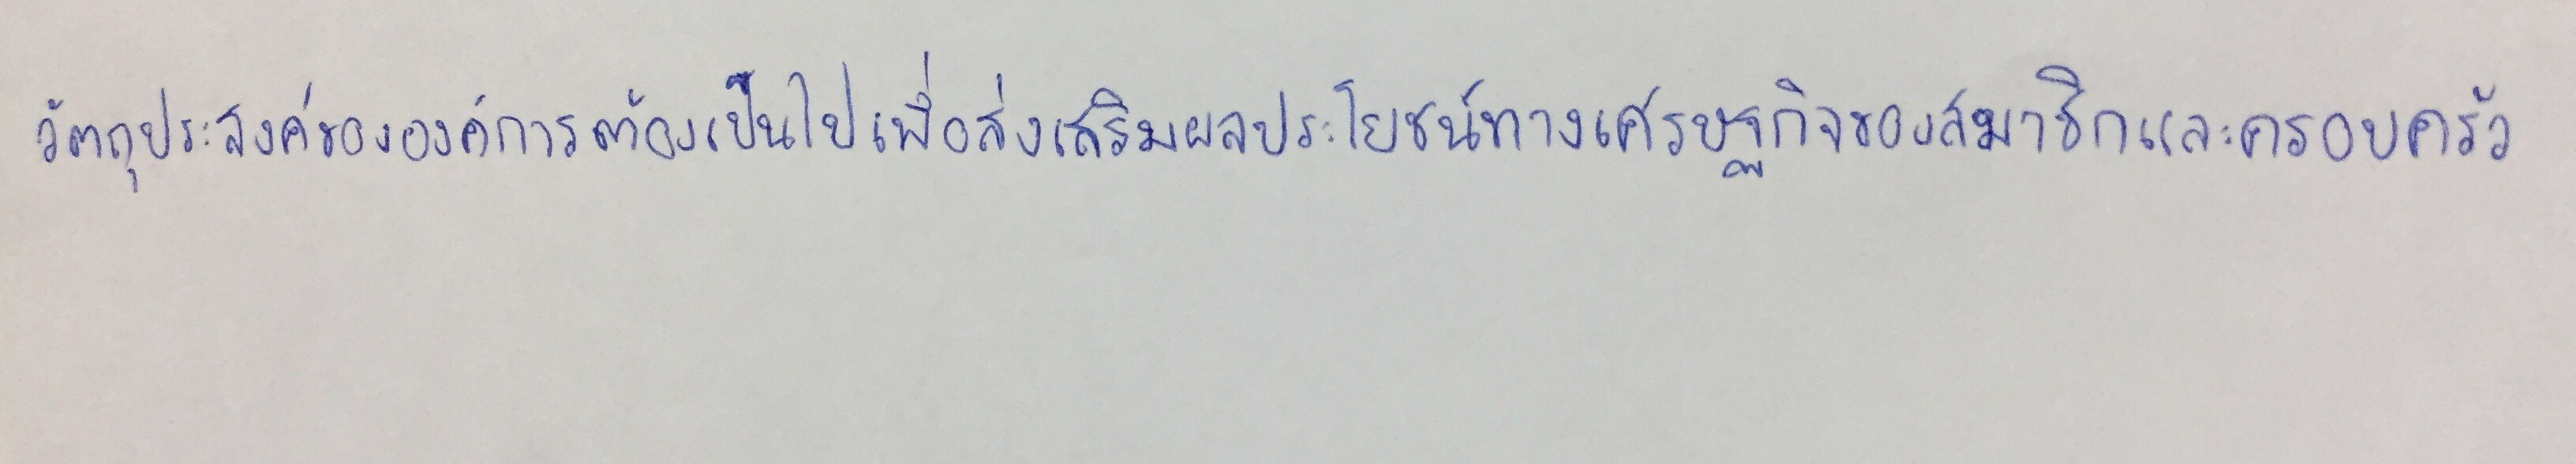
วัตถุประสงค์ขององค์การต้องเป็นไปเพื่อส่งเสริมผลประโยชน์ทางเศรษฐกิจของสมาชิกและครอบครัว